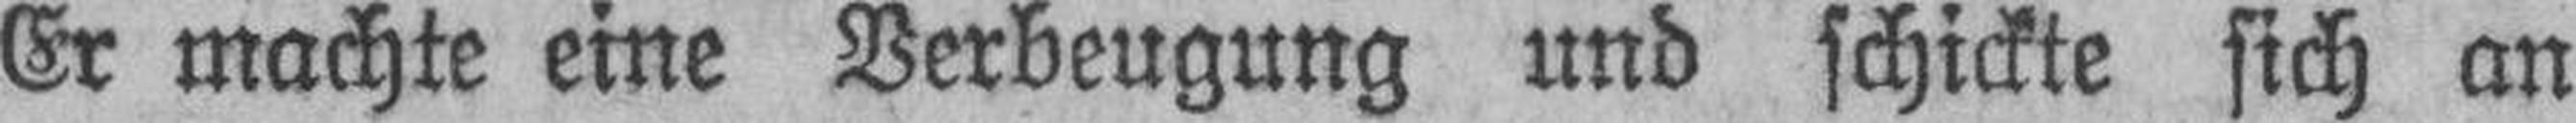
Er machte eine Verbeugung und schickte sich an